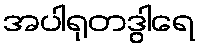
အပါရုတဒွါရေ